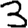
Digit: 3